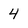
Character: 4